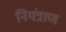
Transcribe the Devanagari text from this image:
नियंत्राण